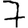
Digit: 7